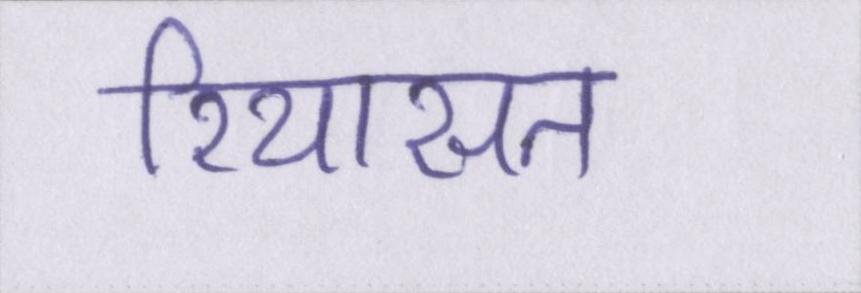
रियासत